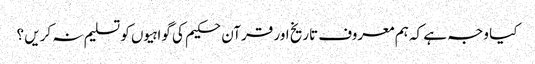
کیا وجہ ہے کہ ہم معروف تاریخ اور قرآن حکیم کی گواہیوں کو تسلیم نہ کریں ؟